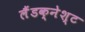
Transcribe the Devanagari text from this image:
लैंडक्नेश्ट